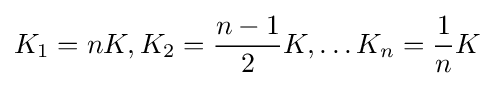
K_{1}=nK,K_{2}={\frac {n-1}{2}}K,\ldots K_{n}={\frac {1}{n}}K